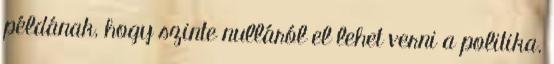
példának, hogy szinte nulláról el lehet verni a politika.